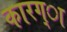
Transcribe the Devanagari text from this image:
कारग्ा